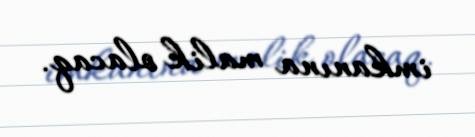
imkanına malik olacaq.